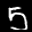
Label: 5